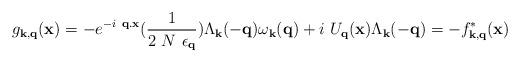
LaTeX: \begin{align*}g_{ {\bf{k}}, {\bf{q}} }({\bf{x}}) = -e^{-i\mbox{ }{\bf{q.x}} }(\frac{1}{2\mbox{ }N\mbox{ }\epsilon_{ {\bf{q}} } })\Lambda_{ {\bf{k}} }(-{\bf{q}})\omega_{ {\bf{k}} }({\bf{q}}) + i\mbox{ }U_{ {\bf{q}} }({\bf{x}})\Lambda_{ {\bf{k}} }(-{\bf{q}})= -f^{*}_{ {\bf{k}}, {\bf{q}} }({\bf{x}})\end{align*}